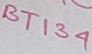
Text: BT134